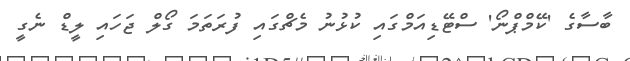
ބާސާގެ 'ކޭމްޕްނޯ' ސްޓޭޑިއަމްގައި ކުޅުނު މެޗްގައި ފުރަތަމަ ގޯލް ޖަހައި ލީޑް ނެގީ